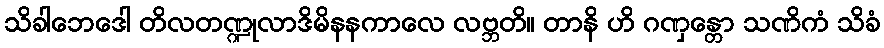
သိခါဘေဒေါ တိလတဏ္ဍုလာဒိမိနနကာလေ လဗ္ဘတိ။ တာနိ ဟိ ဂဏှန္တော သဏိကံ သိခံ